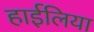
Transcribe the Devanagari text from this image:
हाईलिया